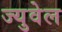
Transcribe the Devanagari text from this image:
ज्युवेल